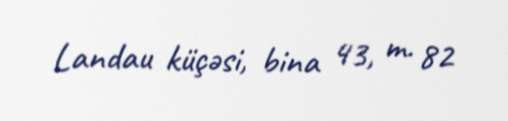
Landau küçəsi, bina 43, m. 82